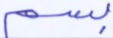
بسم